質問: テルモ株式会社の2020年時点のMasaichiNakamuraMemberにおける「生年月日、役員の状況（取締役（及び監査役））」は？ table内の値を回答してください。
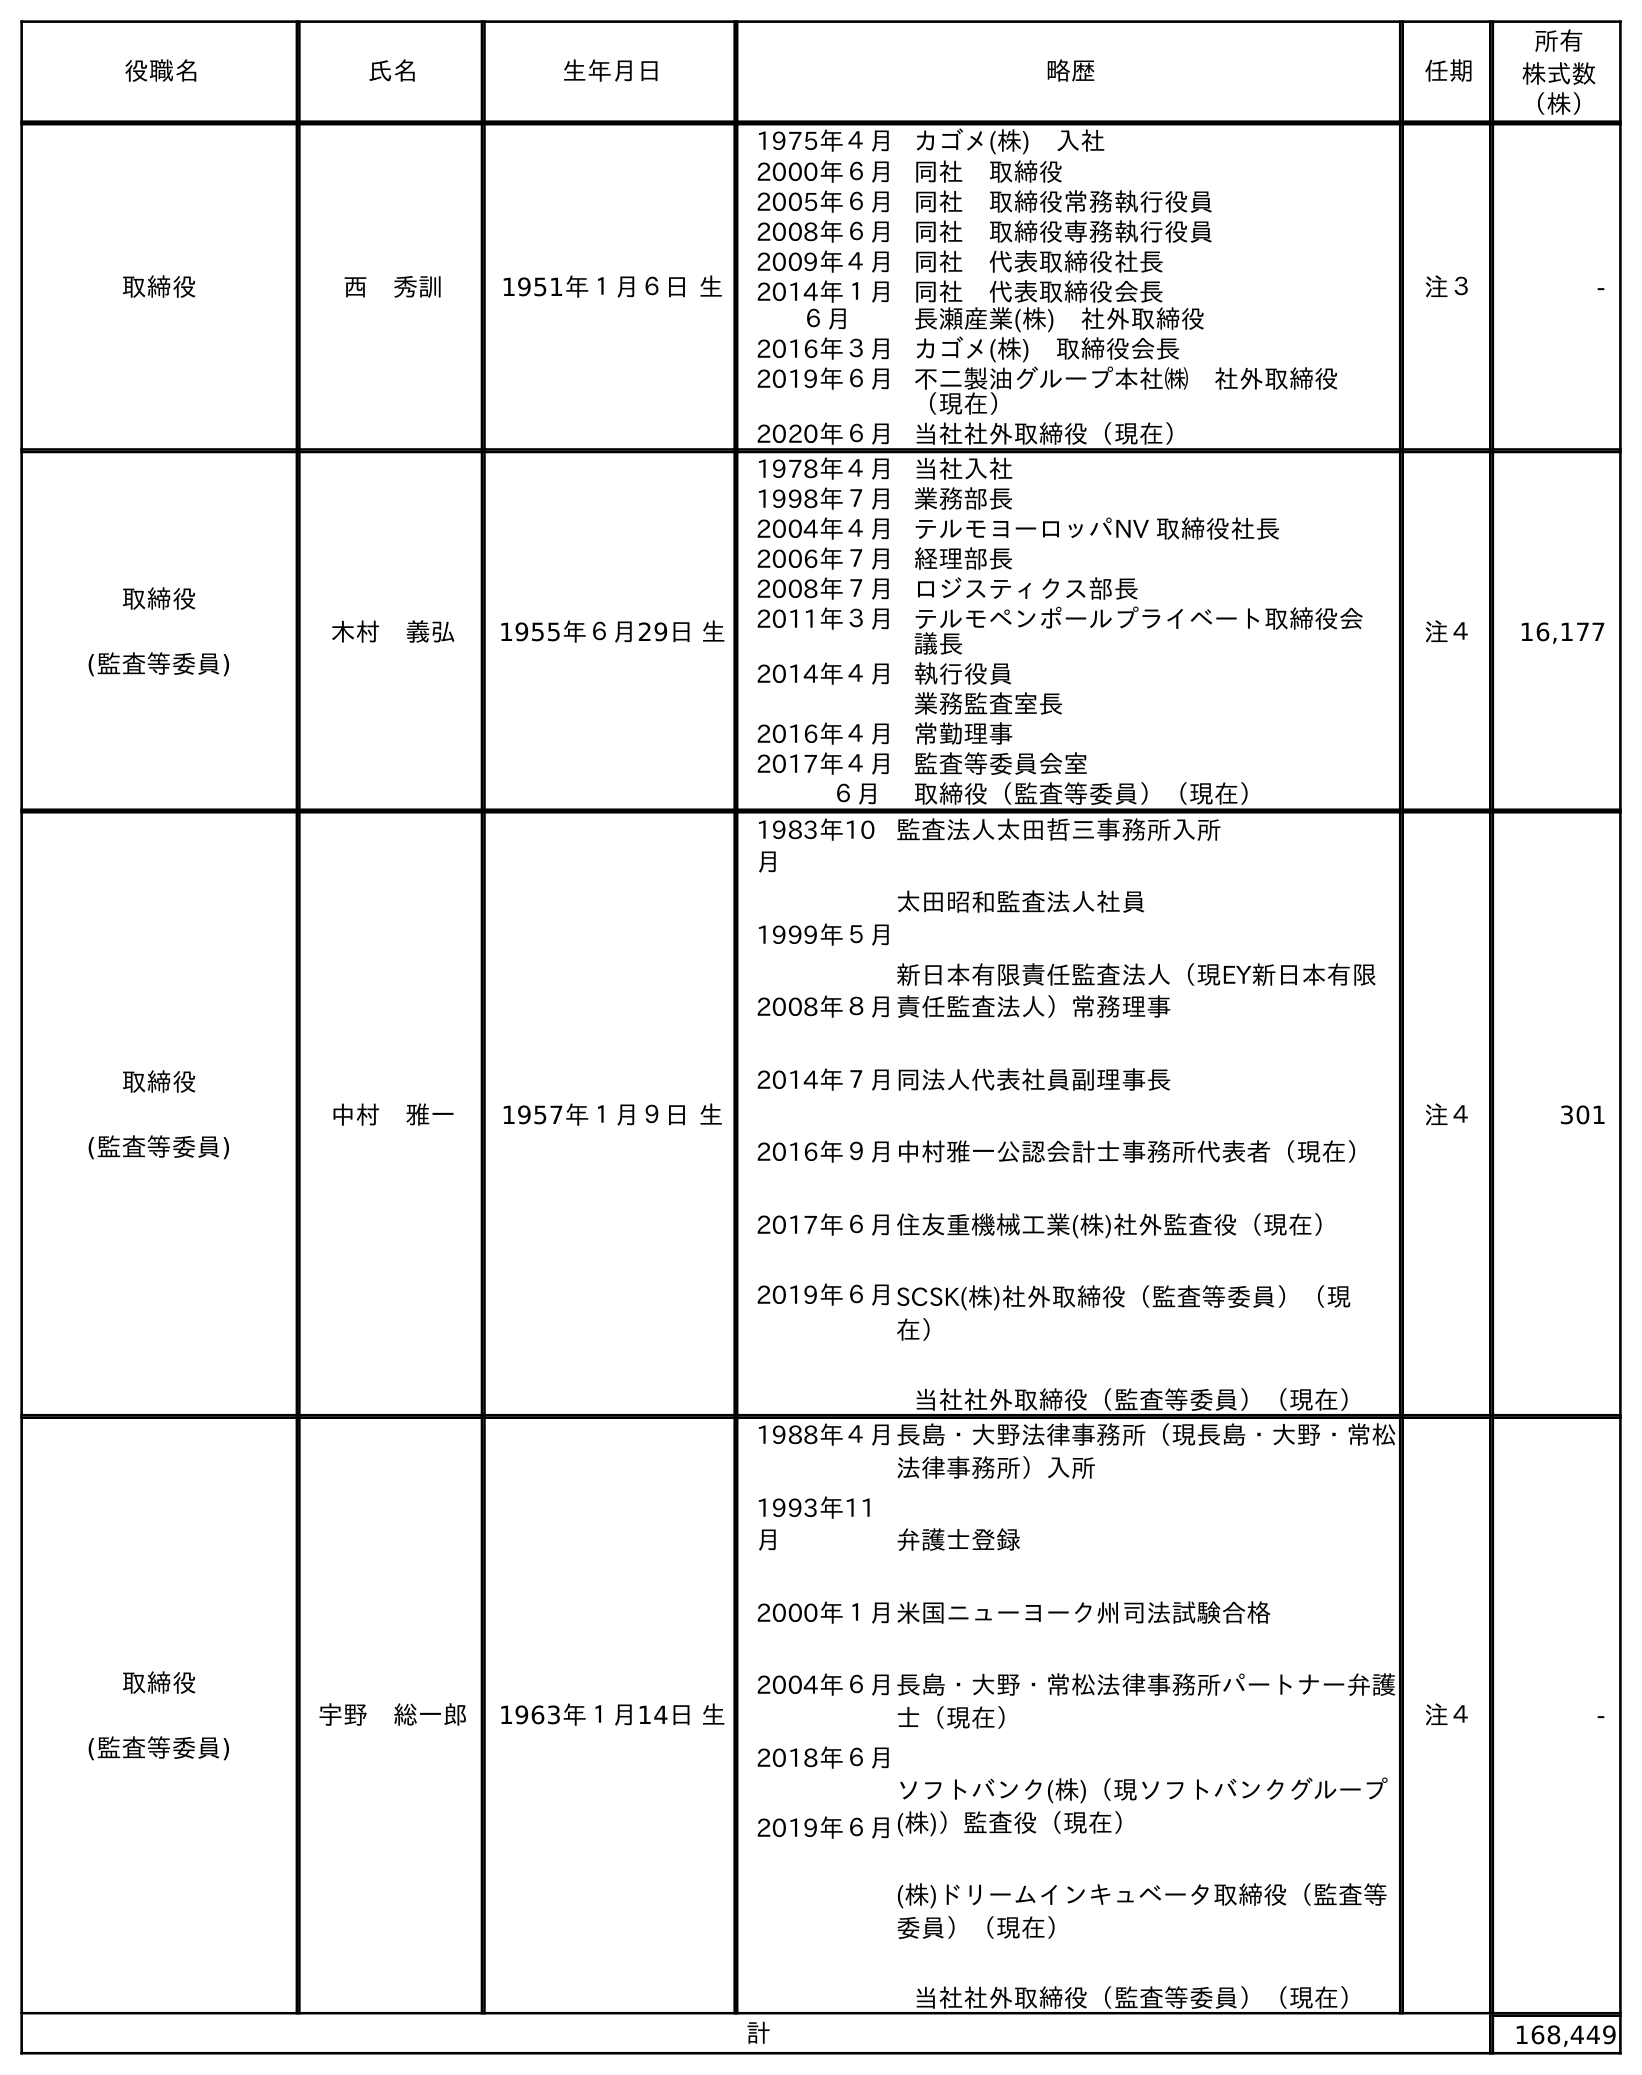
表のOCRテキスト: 役職名 氏名 生年月日 略歴 任期 所有 株式数 （株） 取締役 西 秀訓 1951年１月６日 生 1975年４月カゴメ(株) 入社 2000年６月同社 取締役 2005年６月同社 取締役常務執行役員 2008年６月同社 取締役専務執行役員 2009年４月同社 代表取締役社長 2014年１月 ６月 同社 代表取締役会長 長瀬産業(株) 社外取締役 2016年３月カゴメ(株) 取締役会長 2019年６月不二製油グループ本社㈱ 社外取締役 （現在） 2020年６月当社社外取締役（現在） 注３ - 取締役 (監査等委員) 木村 義弘 1955年６月29日 生 1978年４月当社入社 1998年７月業務部長 2004年４月テルモヨーロッパNV 取締役社長 2006年７月経理部長 2008年７月ロジスティクス部長 2011年３月テルモペンポールプライベート取締役会 議長 2014年４月執行役員 業務監査室長 2016年４月常勤理事 2017年４月監査等委員会室 ６月 取締役（監査等委員）（現在） 注４ 16,177 取締役 (監査等委員) 中村 雅一 1957年１月９日 生 1983年10 月 1999年５月 2008年８月 2014年７月 2016年９月 2017年６月 2019年６月 監査法人太田哲三事務所入所 太田昭和監査法人社員 新日本有限責任監査法人（現EY新日本有限 責任監査法人）常務理事 同法人代表社員副理事長 中村雅一公認会計士事務所代表者（現在） 住友重機械工業(株)社外監査役（現在） SCSK(株)社外取締役（監査等委員）（現 在） 当社社外取締役（監査等委員）（現在） 注４ 301 取締役 (監査等委員) 宇野 総一郎 1963年１月14日 生 1988年４月 1993年11 月 2000年１月 2004年６月 2018年６月 2019年６月 長島・大野法律事務所（現長島・大野・常松 法律事務所）入所 弁護士登録 米国ニューヨーク州司法試験合格 長島・大野・常松法律事務所パートナー弁護 士（現在） ソフトバンク(株)（現ソフトバンクグループ (株)）監査役（現在） (株)ドリームインキュベータ取締役（監査等 委員）（現在） 当社社外取締役（監査等委員）（現在） 注４ - 計 168,449
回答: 1957年１月９日生